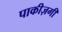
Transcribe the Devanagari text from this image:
पाकीज़गी